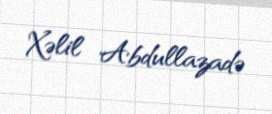
Xəlil Abdullazadə